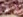
واش